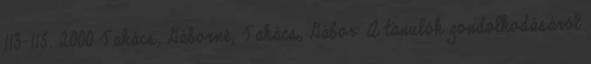
113-115. 2000 Takács, Gáborné; Takács, Gábor: A tanulók gondolkodásáról